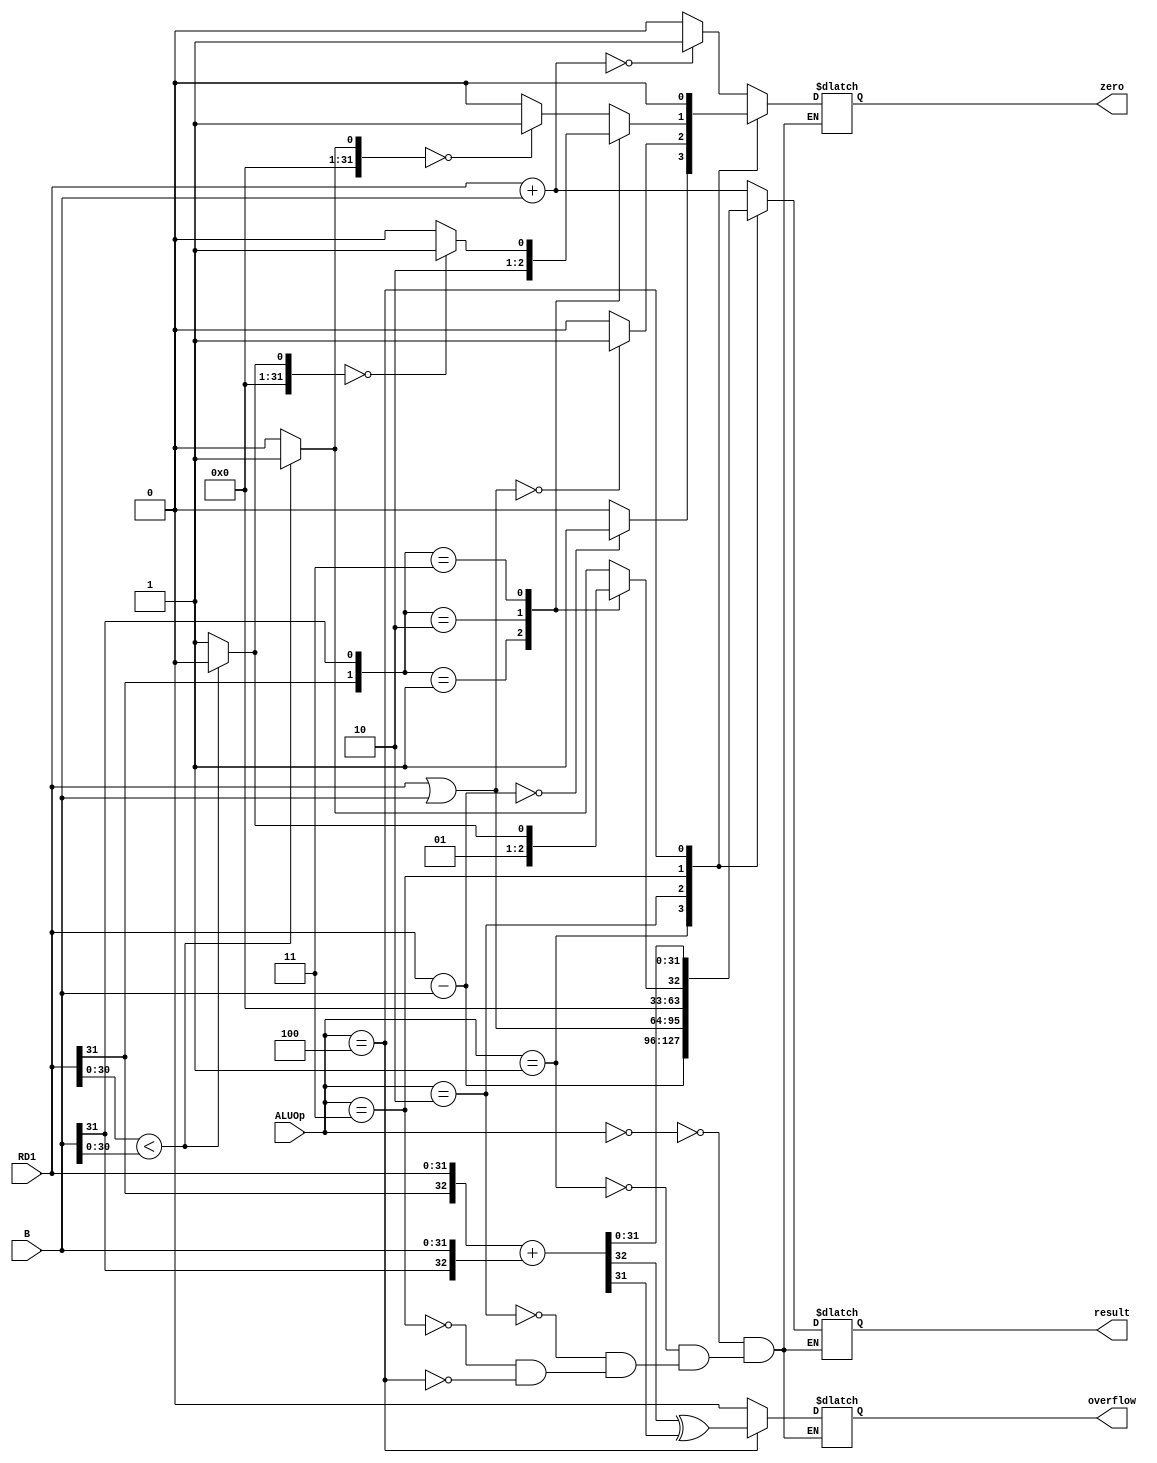
module ALU(
  input [31:0] RD1, B,
  input [2:0] ALUOp,
  output reg zero,
  output reg overflow,
  output reg [31:0] result
);
  reg [32:0] addi;
  always @(*) begin
    case (ALUOp)
      3'b000:   //addu, addiu
      begin
        result = RD1 + B;
        zero = (result == 0)? 1: 0;
        overflow = 0;
      end
      3'b001:   //subu, beq
      begin
        result = RD1 - B;
        zero = (result == 0)? 1: 0;
        overflow = 0;
      end
      3'b010:   //ori, lui
      begin
        result = RD1 | B;
        zero = (result == 0)? 1: 0;
        overflow = 0;
      end
      3'b011:   //slt (if (rs < rt) rd = 1 else rd = 0) A < B
      begin
        case ({RD1[31], B[31]})
          2'b00:
          begin
            result = (RD1[30:0] < B[30:0])? 1: 0;
            zero = (result == 0)? 1: 0;
            overflow = 0;
          end
          2'b01:
          begin
            result = 0;
            zero = 1;
            overflow = 0;
          end
          2'b10:
          begin
            result = 1;
            zero = 0;
            overflow = 0; 
          end
          2'b11:
          begin
            result = (RD1[30:0] < B[30:0])? 0: 1;
            zero = (result == 0)? 1: 0;
            overflow = 0;
          end
        endcase       
      end
      3'b100:   //addi
      begin 
        addi = {RD1[31], RD1} + {B[31], B};
        overflow = addi[32] ^ addi[31];
        result = addi[31:0];
        zero = 0;
      end
    endcase
  end
endmodule